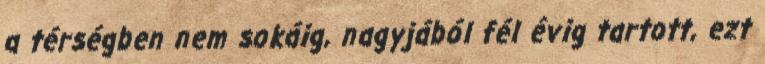
a térségben nem sokáig, nagyjából fél évig tartott, ezt